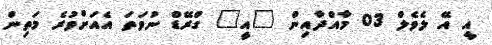
އީ އޭ ލެވެލް 03 މާއްދާއިން "އީ" ގްރޭޑް ނުވަތަ އެއަށްވުރެ މަތިން